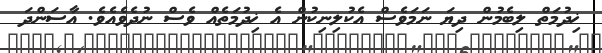
ޚިދުމަތް ލިބެމުން ދިޔަ ނަމަވެސް އެކުލިނިކުން އެ ޚިދުމަތެއް ވެސް ނުދެވެއެވެ. އާސަންދަ